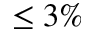
\leq 3 \%